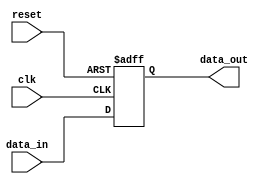
module TimingControlSynchronizationBlocks (
    input wire clk,
    input wire reset,
    input wire [15:0] data_in,
    output reg [15:0] data_out
);

reg [15:0] fallback_bypass_register;

always @(posedge clk or posedge reset) begin
    if (reset) begin
        fallback_bypass_register <= 16'h0000;
    end else begin
        fallback_bypass_register <= data_in;
    end
end

assign data_out = fallback_bypass_register;

endmodule